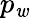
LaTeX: p_{\mathit{w}}